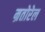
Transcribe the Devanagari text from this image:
म्रतोरेल